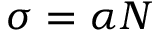
\sigma = \alpha N